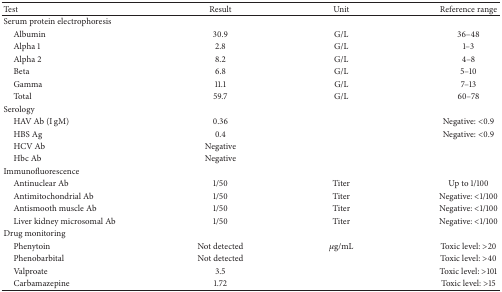
| Test | Result | Unit | Reference range |
 | --- | --- | --- | --- |
 | Serum protein electrophoresis |  |  |  |
 | Albumin | 30.9 | G/L | 36–48 |
 | Alpha 1 | 2.8 | G/L | 1–3 |
 | Alpha 2 | 8.2 | G/L | 4–8 |
 | Beta | 6.8 | G/L | 5–10 |
 | Gamma | 11.1 | G/L | 7–13 |
 | Total | 59.7 | G/L | 60–78 |
 | Serology |  |  |  |
 | HAV Ab (I gM) | 0.36 |  | Negative: <0.9 |
 | HBS Ag | 0.4 |  | Negative: <0.9 |
 | HCV Ab | Negative |  |  |
 | Hbc Ab | Negative |  |  |
 | Immunofluorescence |  |  |  |
 | Antinuclear Ab | 1/50 | Titer | Up to 1/100 |
 | Antimitochondrial Ab | 1/50 | Titer | Negative: <1/100 |
 | Antismooth muscle Ab | 1/50 | Titer | Negative: <1/100 |
 | Liver kidney microsomal Ab | 1/50 | Titer | Negative: <1/100 |
 | Drug monitoring |  |  |  |
 | Phenytoin | Not detected | μg/mL | Toxic level: >20 |
 | Phenobarbital | Not detected |  | Toxic level: >40 |
 | Valproate | 3.5 |  | Toxic level: >101 |
 | Carbamazepine | 1.72 |  | Toxic level: >15 |